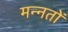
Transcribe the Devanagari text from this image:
मन्नतों